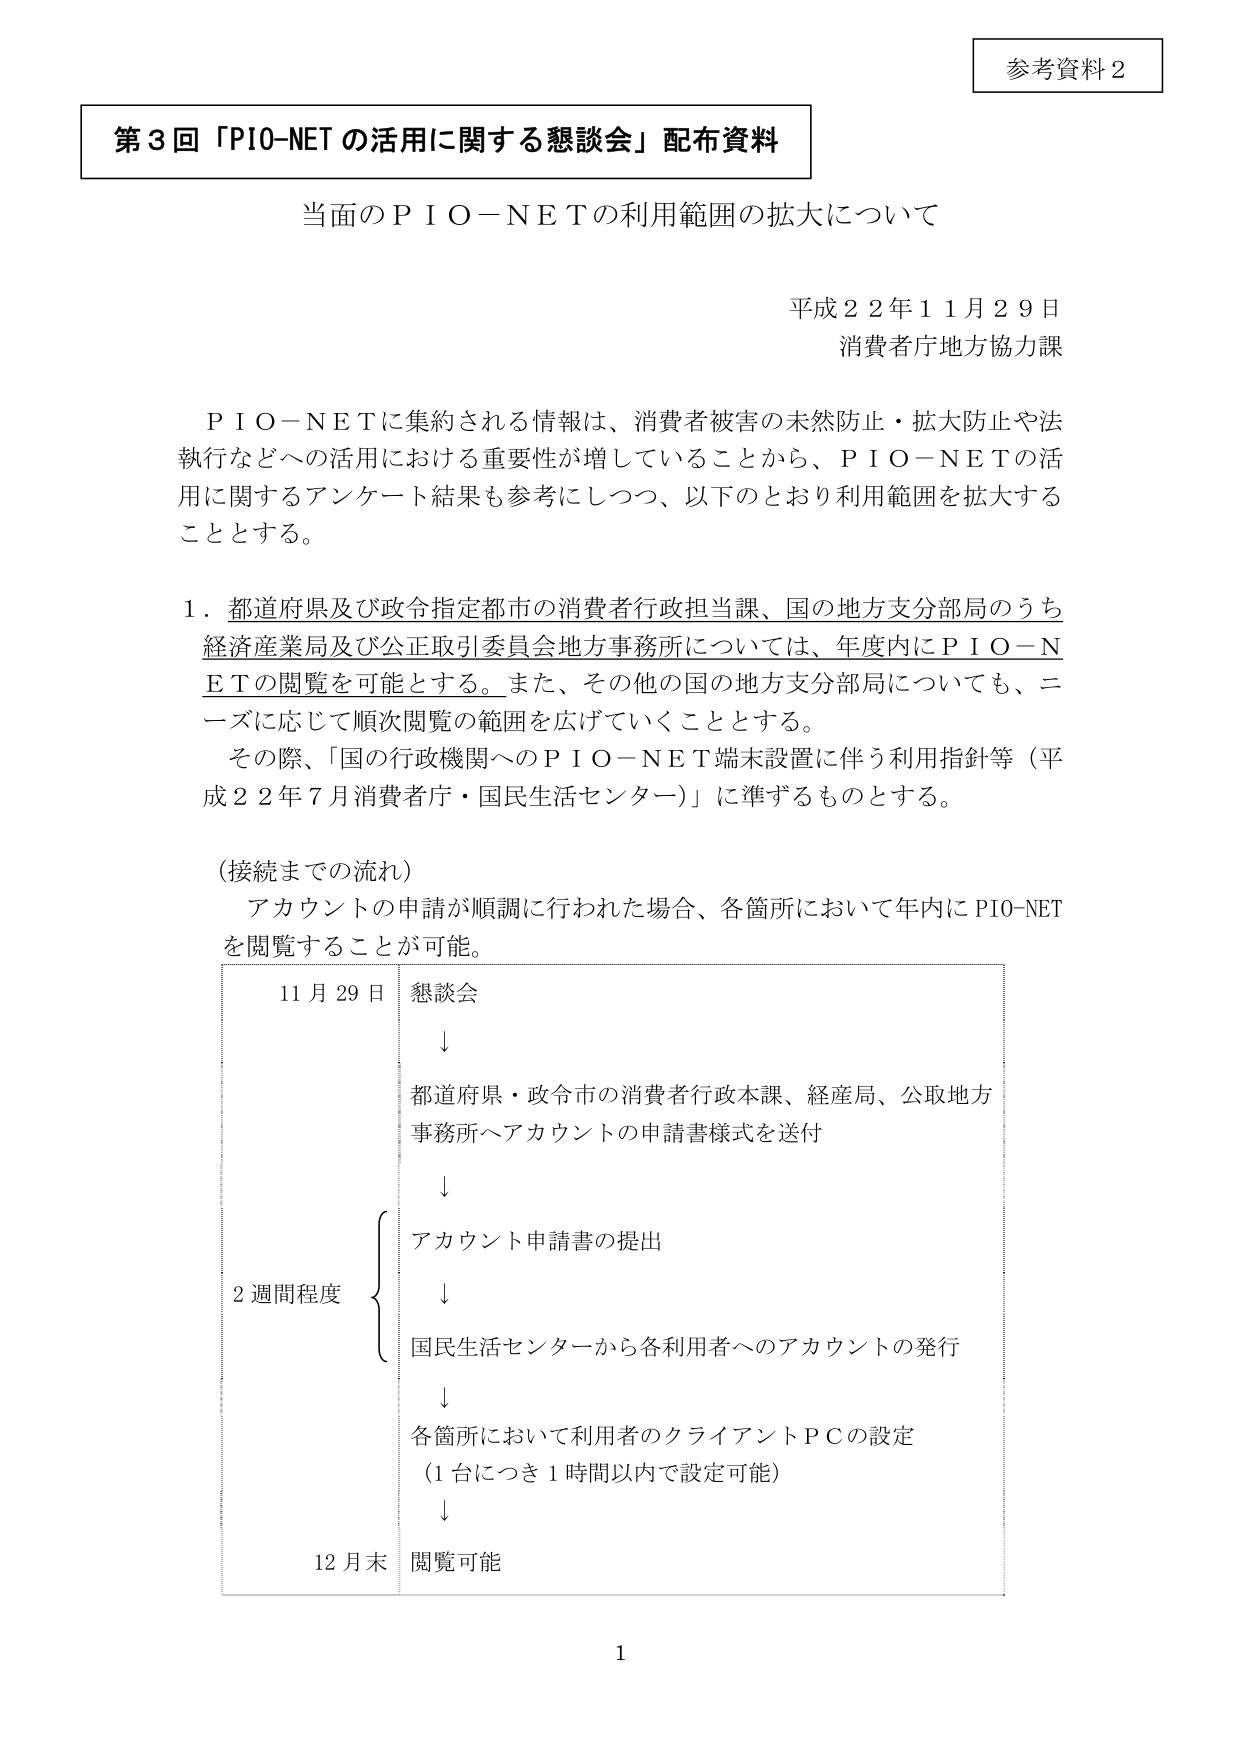
参考資料２

第３回「PIO-NET の活用に関する懇談会」配布資料

当面のＰＩＯ－ＮＥＴの利用範囲の拡大について

平成２２年１１月２９日
消費者庁地方協力課

ＰＩＯ－ＮＥＴに集約される情報は、消費者被害の未然防止・拡大防止や法
執行などへの活用における重要性が増していることから、ＰＩＯ－ＮＥＴの活
用に関するアンケート結果も参考にしつつ、以下のとおり利用範囲を拡大する
こととする。

１．都道府県及び政令指定都市の消費者行政担当課、国の地方支分部局のうち
経済産業局及び公正取引委員会地方事務所については、年度内にＰＩＯ－Ｎ
ＥＴの閲覧を可能とする。また、その他の国の地方支分部局についても、ニ
ーズに応じて順次閲覧の範囲を広げていくこととする。
　その際、「国の行政機関へのＰＩＯ－ＮＥＴ端末設置に伴う利用指針等（平
成２２年７月消費者庁・国民生活センター）」に準ずるものとする。

（接続までの流れ）
　アカウントの申請が順調に行われた場合、各箇所において年内にPIO-NET
を閲覧することが可能。

11月29日　懇談会
　　　　　↓
　　　都道府県・政令市の消費者行政本課、経産局、公取地方
　　　事務所へアカウントの申請書様式を送付
　　　　　↓
　　　　{ アカウント申請書の提出
　　　　　　↓
　　　　　国民生活センターから各利用者へのアカウントの発行
　　　　　↓
　　　　各箇所において利用者のクライアントＰＣの設定
　　　　（1台につき1時間以内で設定可能）
　　　　　↓
12月末　閲覧可能

1